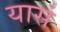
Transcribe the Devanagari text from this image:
यासं